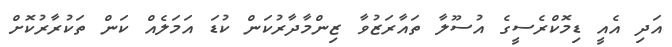
އަދި އެއީ ޑިމޮކްރެސީގެ އުސޫލާ ތައާރަޒުވާ ޒިންމާދާރުކަން ކުޑަ އަމަލެއް ކަން ތަކުރާރުކޮށް